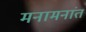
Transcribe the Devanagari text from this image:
मनामनांत